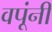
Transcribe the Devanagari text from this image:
वपूंनी